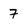
Character: 7